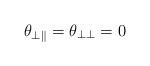
LaTeX: \begin{align*}\theta _{\bot \Vert }=\theta _{\bot \bot }=0\end{align*}